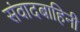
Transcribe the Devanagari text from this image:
संवादबाहिनी